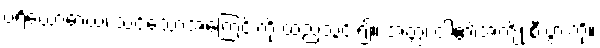
ပရိယောဓာယ၊ သင့်သောအကြေင်းကို ထည့်သွင်း၍။ အတ္ထံ၊ ငါ၏အကျိုးစီးပွားကို။